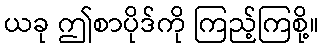
ယခု ဤစာပိုဒ်ကို ကြည့်ကြစို့။